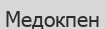
Медокпен